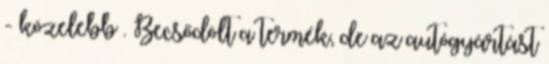
- közelebb . Becsődölt a termék, de az autógyártást